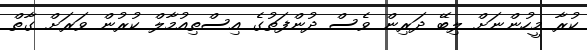
ކުރާ މީހުންނަށް ލިބޭ ދަރިން ވެސް ދުންފަތުގެ އިސްތިއުމާލް ކުރުން ވަރަށް ގާތް